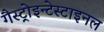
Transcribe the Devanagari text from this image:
गैस्ट्रोइन्टेस्टाइनल